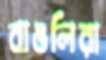
বাঙলিরা